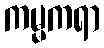
ကမ္မကရာ